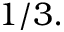
1 / 3 .